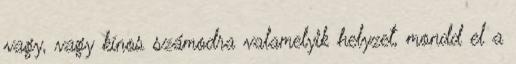
vagy, vagy kínos számodra valamelyik helyzet, mondd el a